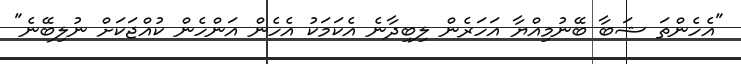
"އެހެންތަ ޝަބާ ބޭނުމިއްޔާ އަހަރެން ލިބިދާނެ އެކަމަކު އެހެން އަންހެން ކުއްޖަކަށް ނުލިބޭނެ"